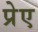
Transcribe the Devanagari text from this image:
प्रेए